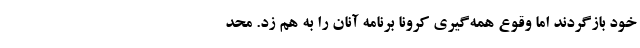
خود بازگردند اما وقوع همه‌گیری کرونا برنامه آنان را به هم زد. محد